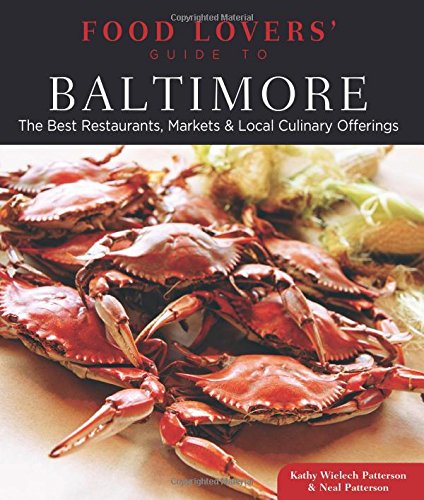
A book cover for Food Lovers' Guide toÂ® Baltimore: The Best Restaurants, Markets & Local Culinary Offerings (Food Lovers' Series); Kathy Patterson; Travel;